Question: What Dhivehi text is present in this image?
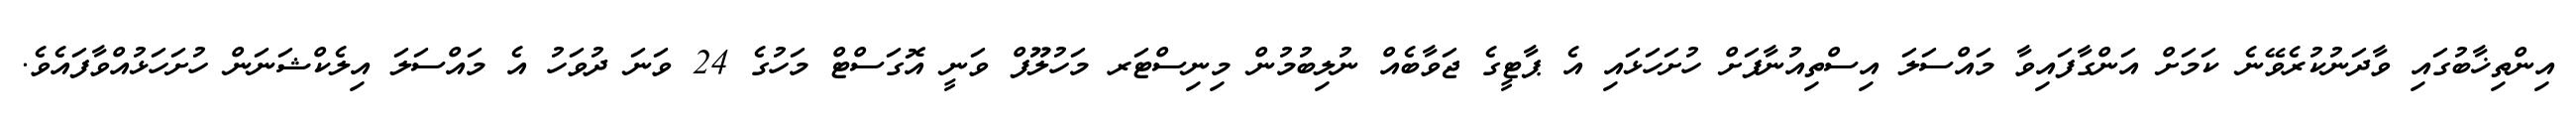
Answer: އިންތިޚާބުގައި ވާދަނުކުރެވޭނެ ކަމަށް އަންގާފައިވާ މައްސަލަ އިސްތިއުނާފަށް ހުށަހަޅައި އެ ޕާޓީގެ ޖަވާބެއް ނުލިބުމުން މިނިސްޓަރ މަހުލޫފް ވަނީ އޮގަސްޓް މަހުގެ 24 ވަނަ ދުވަހު އެ މައްސަލަ އިލެކްޝަނަން ހުށަހަޅުއްވާފައެވެ.